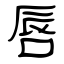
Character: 唇